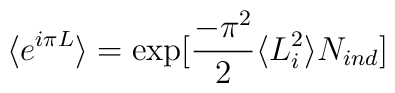
\langle e^{i\pi L}\rangle=\exp [\frac{-\pi^2}{2}\langle L_i^2\rangle N_{ind}]